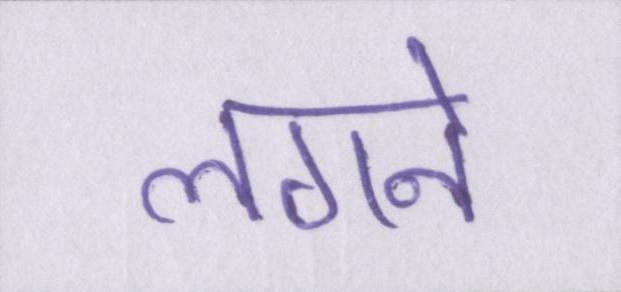
लगने